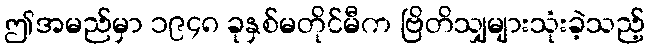
ဤအမည်မှာ ၁၉၄၈ ခုနှစ်မတိုင်မီက ဗြိတိသျှများသုံးခဲ့သည့်